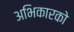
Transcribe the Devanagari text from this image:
अभिकारको